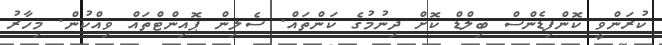
ކުރަންވީ ކޮންފިޑެންސް ބިލްޑް ކޮށް ދިނުމުގެ ކަންތައް. ސެލިން ޕޮއިންޓްތައް ވިއްކުން. މިހާރު